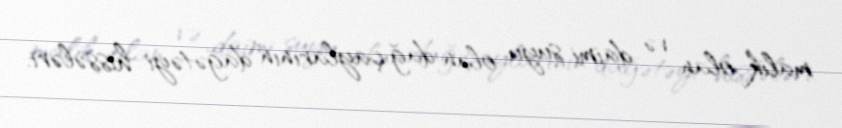
malik olan və daimi suyu olan dağ çaylarının dağətəyi hissələri.